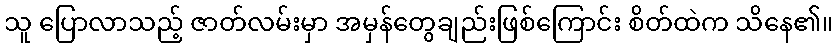
သူ ပြောလာသည့် ဇာတ်လမ်းမှာ အမှန်တွေချည်းဖြစ်ကြောင်း စိတ်ထဲက သိနေ၏။